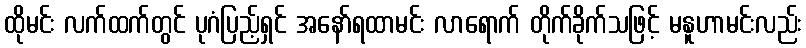
ထိုမင်း လက်ထက်တွင် ပုဂံပြည့်ရှင် အနော်ရထာမင်း လာရောက် တိုက်ခိုက်သဖြင့် မနူဟာမင်းလည်း